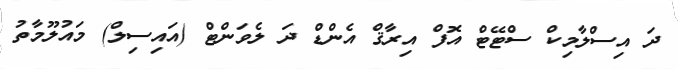
ދަ އިސްލާމިކް ސްޓޭޓް އޮފް އިރާޤް އެންޑް ދަ ލެވަންޓް (އައިސިލް) މައުލޫމާތު